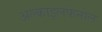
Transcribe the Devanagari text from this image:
अल्काइलफेनोल